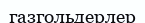
газгольдерлер